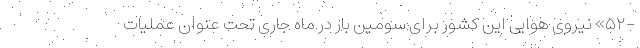
-۵۲» نیروی هوایی این کشور برای سومین بار در ماه جاری تحت عنوان عملیات